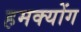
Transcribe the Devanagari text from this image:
हमक्योंग